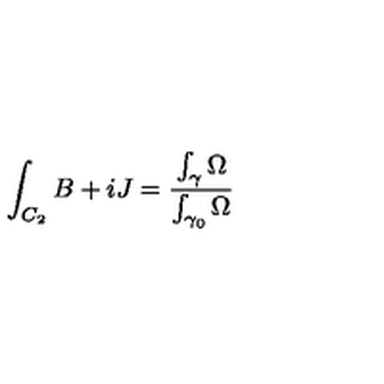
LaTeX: \int _ { C _ { 2 } } B + i J = { \frac { \int _ { \gamma } \Omega } { \int _ { \gamma _ { 0 } } \Omega } }